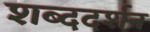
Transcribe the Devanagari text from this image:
शब्ददर्शन